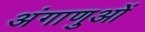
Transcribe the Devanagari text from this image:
अंगाणुओं